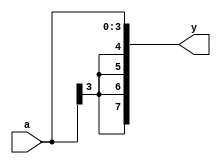
module SEU(
	input [3:0]a,
	output [7:0]y
);

	assign y = {a[3],a[3],a[3],a[3],a};

endmodule